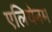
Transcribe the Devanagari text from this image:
एलियेनम